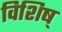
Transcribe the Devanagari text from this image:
विशिष्